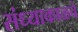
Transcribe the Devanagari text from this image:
संध्याकाळचे